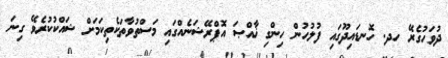
ދުވަހުގެރޭ ހދ. ހޮނޑައިދޫގައި ފުލުހުން ހިންގި ޚާއްޞަ އޮޕްރޭޝަނެއްގައި މަސްތުވާތަކެތިކަމަށް ޝައްކުކުރެވޭ ގިނަ